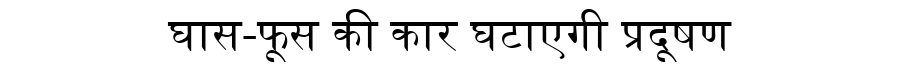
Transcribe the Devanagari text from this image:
घास-फूस की कार घटाएगी प्रदूषण